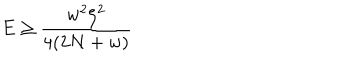
E \geq \frac { w ^ { 2 } \zeta ^ { 2 } } { 4 ( 2 N + w ) }